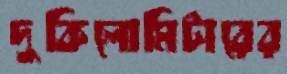
দুকিলোমিটারের